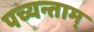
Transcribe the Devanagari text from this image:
पच्यन्ताम्‌